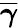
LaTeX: \boldsymbol{{\overline{{\gamma}}}}